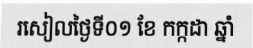
រសៀលថ្ងៃទី០១ ខែ កក្កដា ឆ្នាំ